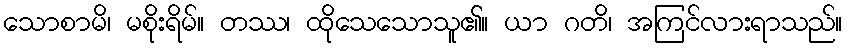
သောစာမိ၊ မစိုးရိမ်။ တဿ၊ ထိုသေသောသူ၏။ ယာ ဂတိ၊ အကြင်လားရာသည်။